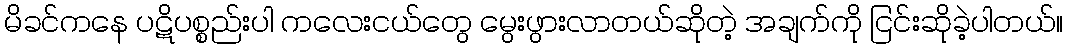
မိခင်ကနေ ပဋိပစ္စည်းပါ ကလေးငယ်တွေ မွေးဖွားလာတယ်ဆိုတဲ့ အချက်ကို ငြင်းဆိုခဲ့ပါတယ်။